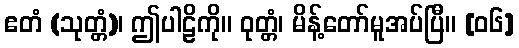
ဧတံ (သုတ္တံ)၊ ဤပါဠိကို။ ဝုတ္တံ၊ မိန့်တော်မူအပ်ပြီ။ [၀၆]